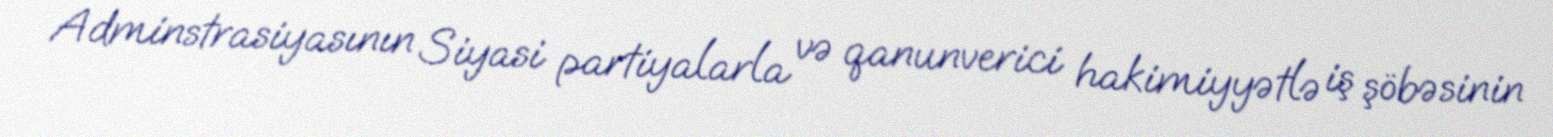
Adminstrasiyasının Siyasi partiyalarla və qanunverici hakimiyyətlə iş şöbəsinin